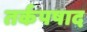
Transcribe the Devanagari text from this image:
तर्कपषाद